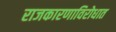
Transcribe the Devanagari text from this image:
राजकारणाविरोधात